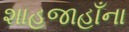
શાહજાહાઁના